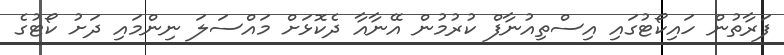
ފަރާތުން ހައިކޯޓުގައި އިސްތިއުނާފް ކުރުމުން އޭނާއާ ދެކޮޅަށް މައްސަލަ ނިންމައި ދަށު ކޯޓުގެ